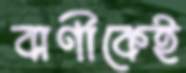
বাণীকেই